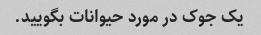
یک جوک در مورد حیوانات بگویید.